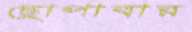
ছোপাবার